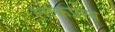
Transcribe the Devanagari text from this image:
लोकप्रोय